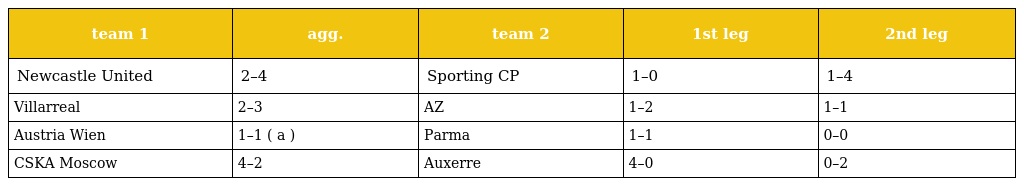
| team 1 | agg. | team 2 | 1st leg | 2nd leg |
 | --- | --- | --- | --- | --- |
 | Newcastle United | 2–4 | Sporting CP | 1–0 | 1–4 |
 | Villarreal | 2–3 | AZ | 1–2 | 1–1 |
 | Austria Wien | 1–1 ( a ) | Parma | 1–1 | 0–0 |
 | CSKA Moscow | 4–2 | Auxerre | 4–0 | 0–2 |